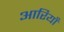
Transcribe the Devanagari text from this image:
आरियाँ